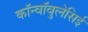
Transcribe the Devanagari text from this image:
कॉन्वॉवुलेसिई